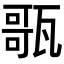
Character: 𤭻